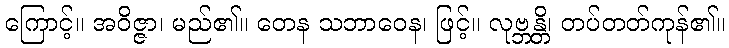
ကြောင့်။ အဝိဇ္ဇာ၊ မည်၏။ တေန သဘာဝေန၊ ဖြင့်။ လုဗ္ဘန္တိ၊ တပ်တတ်ကုန်၏။